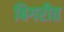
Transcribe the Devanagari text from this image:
बिगरीत